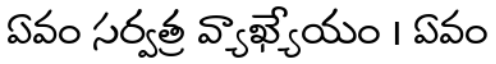
ఏవం సర్వత్ర వ్యాఖ్యేయం । ఏవం